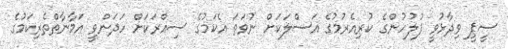
ސީޕީ ވިދާޅުވީ ފުލުހުންގެ ކުރިއެރުމުގެ އަސްލަކަށް ނުވަތަ އެކަމުގެ ސިއްރަކަށް ހަދަންވީ އަމާނާތްތެރިކަމުގެ